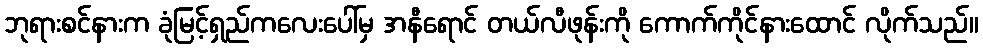
ဘုရားစင်နားက ခုံမြင့်ရှည်ကလေးပေါ်မှ အနီရောင် တယ်လီဖုန်းကို ကောက်ကိုင်နားထောင် လိုက်သည်။